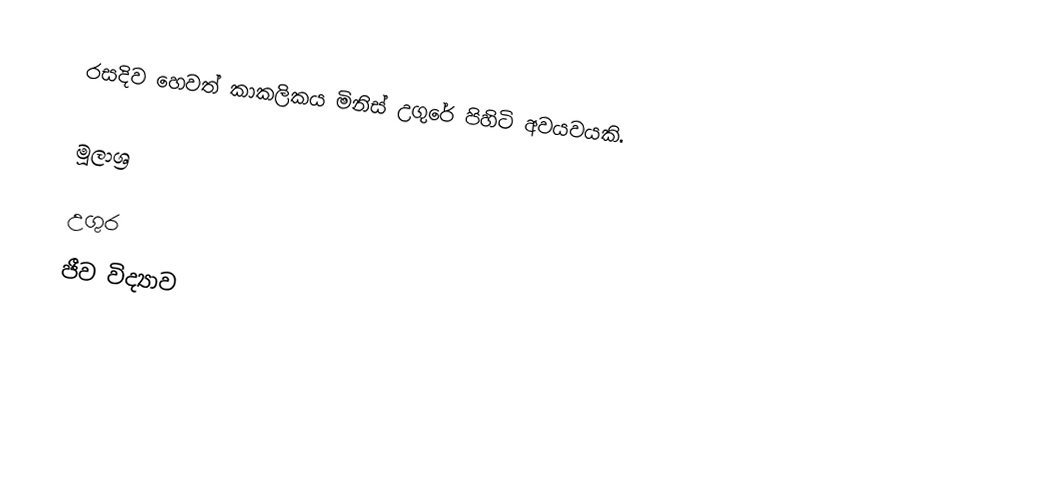
රසදිව හෙවත් කාකලිකය මිනිස් උගුරේ පිහිටි අවයවයකි.

මූලාශ්‍ර

උගුර
ජීව විද්‍යාව